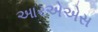
આરએએસ